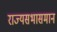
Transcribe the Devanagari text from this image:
राज्यसभासमान